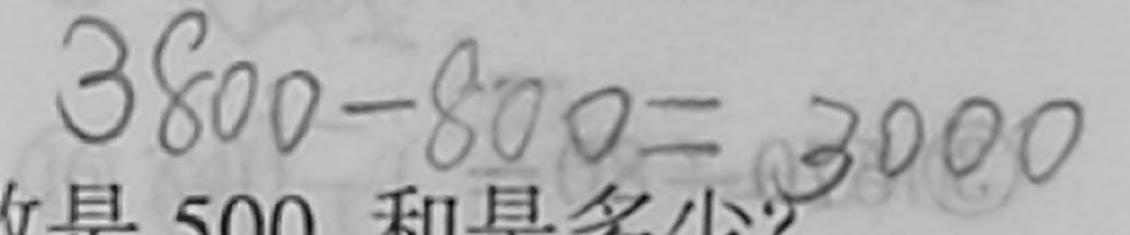
3 8 0 0 - 8 0 0 = 3 0 0 0